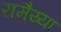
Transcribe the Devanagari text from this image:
रामैय्या